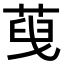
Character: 𦴞